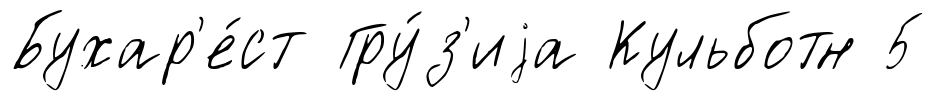
Бухар'е́ст Гру́з'иjа Кульботн 5